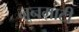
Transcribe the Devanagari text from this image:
नूनमाटी